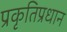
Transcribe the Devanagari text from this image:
प्रकृतिप्रधान